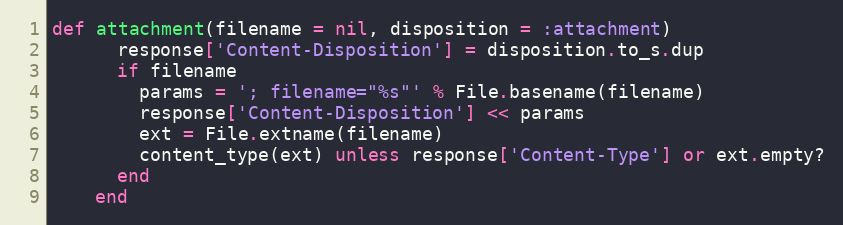
Language: Ruby
def attachment(filename = nil, disposition = :attachment)
      response['Content-Disposition'] = disposition.to_s.dup
      if filename
        params = '; filename="%s"' % File.basename(filename)
        response['Content-Disposition'] << params
        ext = File.extname(filename)
        content_type(ext) unless response['Content-Type'] or ext.empty?
      end
    end